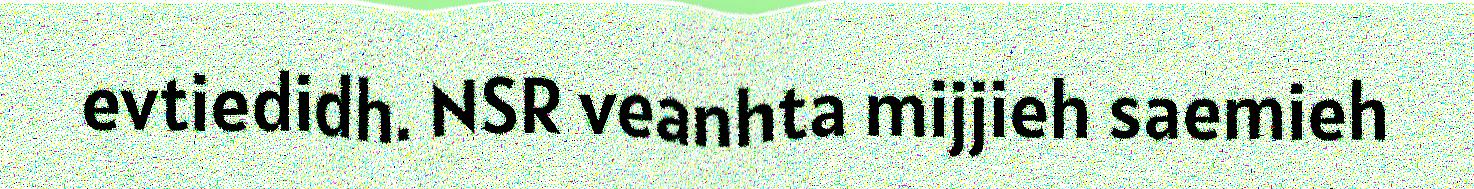
evtiedidh. NSR veanhta mijjieh saemieh